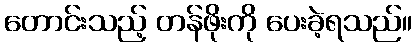
တောင်းသည့် တန်ဖိုးကို ပေးခဲ့ရသည်။